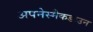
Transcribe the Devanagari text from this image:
अपनेस्मैकडाउन